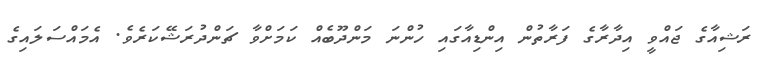
ރަޝިއާގެ ޖައްވީ އިދާރާގެ ފަރާތުން އިންޑިއާގައި ހުންނަ މަންދޫބެއް ކަމަށްވާ ޗަންދުރަޝޭކަރެވެ. އެމައްސަލައިގެ